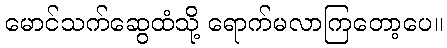
မောင်သက်ဆွေထံသို့ ရောက်မလာကြတော့ပေ။